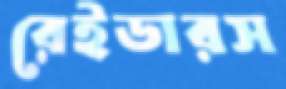
রেইডারস